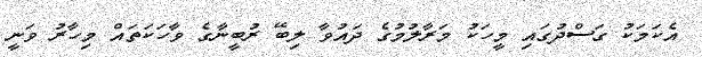
އެކަމަކު ގަސްދުގައި މީހަކު މަރާލުމުގެ ދައުވާ ލިބޭ ރުބީނާގެ ވާހަކަތައް މިހާރު ވަނީ